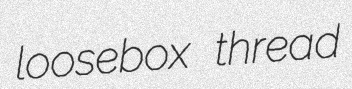
loosebox thread